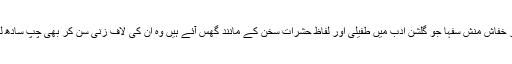
کئی چربہ ساز،سارق،کفن دزد،جعل ساز اور خفاش منش سفہا جو گلشن ادب میں طفیلی اور لفاظ حشرات سخن کے مانند گھس آئے ہیں وہ ان کی لاف زنی سن کر بھی چپ سادھ لیتے اور کسی کی دل شکنی کبھی نہ کرتے۔